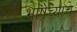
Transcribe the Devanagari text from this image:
भाषेच्याच